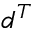
d ^ { T }